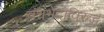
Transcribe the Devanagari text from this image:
वंशभेदाविरुद्ध